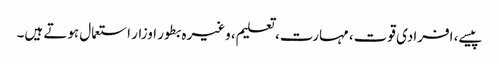
پیسے، افرادی قوت، مہارت، تعلیم، وغیرہ بطور اوزار استعمال ہوتے ہیں۔